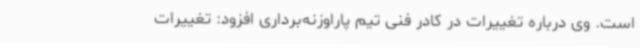
است. وی درباره تغییرات در کادر فنی تیم پاراوزنه‌برداری افزود: تغییرات